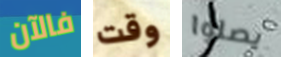
فالآن وقت يصلوا